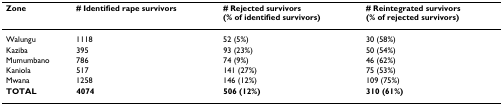
| Zone | # Identified rape survivors | # Rejected survivors(% of identified survivors) | # Reintegrated survivors(% of rejected survivors) |
 | --- | --- | --- | --- |
 | Walungu | 1118 | 52 (5%) | 30 (58%) |
 | Kaziba | 395 | 93 (23%) | 50 (54%) |
 | Mumumbano | 786 | 74 (9%) | 46 (62%) |
 | Kaniola | 517 | 141 (27%) | 75 (53%) |
 | Mwana | 1258 | 146 (12%) | 109 (75%) |
 | TOTAL | 4074 | 506 (12%) | 310 (61%) |